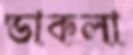
ডাকলা